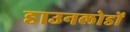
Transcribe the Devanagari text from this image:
डाउनलोडों